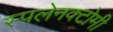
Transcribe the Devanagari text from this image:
स्पलेनक्टोमी